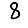
Digit: 8